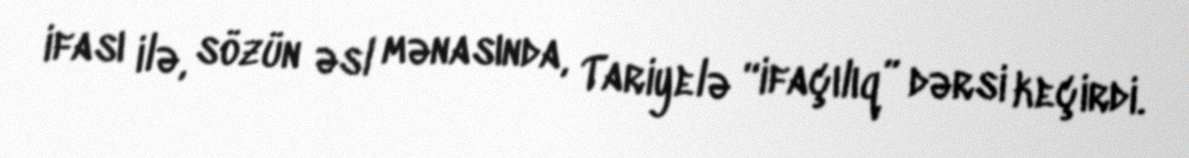
ifası ilə, sözün əsl mənasında, Tariyelə “ifaçılıq” dərsi keçirdi.